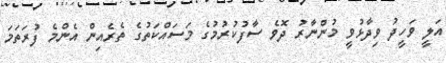
އަލީ ވަހީދު ވިދާޅުވީ މުންނާރު ދޮވެ ސާފުކުރުމުގެ މަސައްކަތުގެ ތެރެއިން އެންމެ ފުރަތަމަ